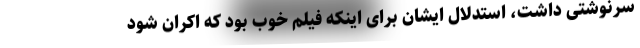
سرنوشتی داشت، استدلال ایشان برای اینکه فیلم خوب بود که اکران شود